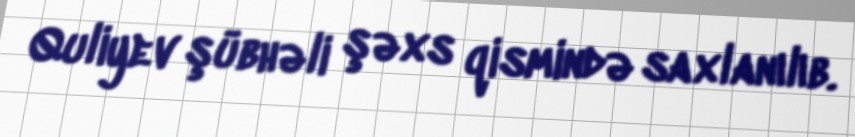
Quliyev şübhəli şəxs qismində saxlanılıb.